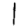
Digit: 1